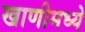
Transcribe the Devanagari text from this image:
खाणीमध्ये